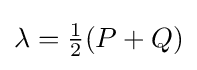
\lambda ={\tfrac {1}{2}}(P+Q)